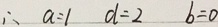
\therefore a = 1 d = 2 b = 0